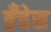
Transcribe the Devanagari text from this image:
ब्रँचेस